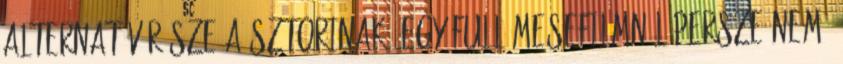
alternatív része a sztorinak. Egy full mesefilmnél persze nem.